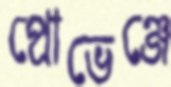
প্রোভেঞ্জে